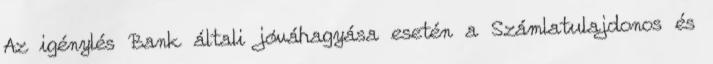
Az igénylés Bank általi jóváhagyása esetén a Számlatulajdonos és